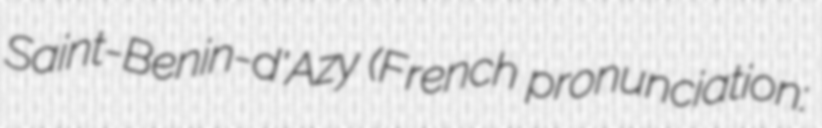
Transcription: Saint-Benin-d'Azy (French pronunciation: